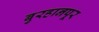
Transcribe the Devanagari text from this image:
बुरहानपूर